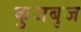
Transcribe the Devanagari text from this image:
कुजबुज